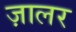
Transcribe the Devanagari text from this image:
ज़ालर